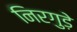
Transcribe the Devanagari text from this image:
निरगुड़े